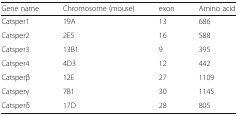
<table><thead><tr><td><b>Gene name</b></td><td><b>Chromosome (mouse)</b></td><td><b>exon</b></td><td><b>Amino acid</b></td></tr></thead><tbody><tr><td>Catsper1</td><td>19A</td><td>13</td><td>686</td></tr><tr><td>Catsper2</td><td>2E5</td><td>16</td><td>588</td></tr><tr><td>Catsper3</td><td>13B1</td><td>9</td><td>395</td></tr><tr><td>Catsper4</td><td>4D3</td><td>12</td><td>442</td></tr><tr><td>Catsperβ</td><td>12E</td><td>27</td><td>1109</td></tr><tr><td>Catsperγ</td><td>7B1</td><td>30</td><td>1145</td></tr><tr><td>Catsperδ</td><td>17D</td><td>28</td><td>805</td></tr></tbody></table>